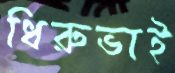
ধিরুভাই